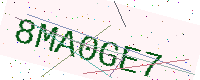
Text: 8MA0GE7